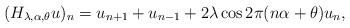
LaTeX: \begin{align*}(H_{\lambda,\alpha,\theta} u)_n= u_{n+1}+u_{n-1} +2\lambda \cos 2\pi (n\alpha + \theta) u_n,\end{align*}